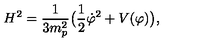
H ^ { 2 } = { \frac { 1 } { 3 m _ { p } ^ { 2 } } } \bigl ( { \frac { 1 } { 2 } } { \dot { \varphi } } ^ { 2 } + V ( \varphi ) \bigr ) ,